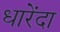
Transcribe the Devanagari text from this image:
धारेंदा